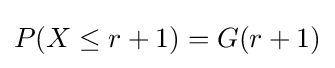
P(X\leq r+1)=G(r+1)